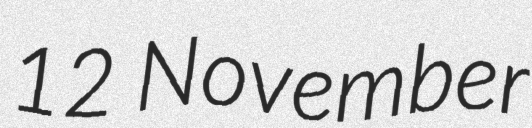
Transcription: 12 November